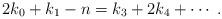
LaTeX: \begin{align*} 2k_{0} +k_{1}-n = k_{3} + 2 k_{4} + \cdots \;. \end{align*}